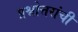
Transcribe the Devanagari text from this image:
प्रश्नोत्तरांची